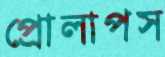
প্রোলাপস